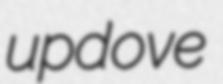
updove